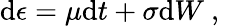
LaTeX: \mathrm{d}\epsilon=\mu\mathrm{d}t+\sigma\mathrm{d}W\mathrm{~,~}